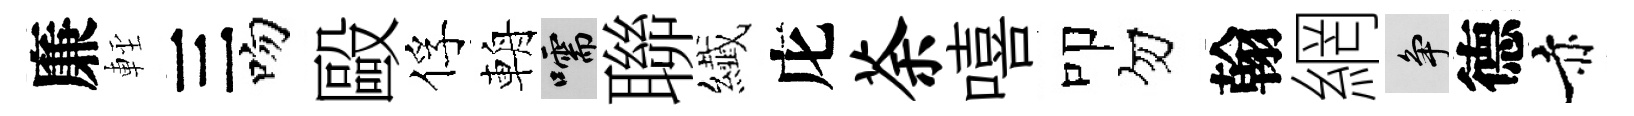
廉䡖三吻毆俘輈嚅聯纎庀荼嘻叩勿翰網争德赤